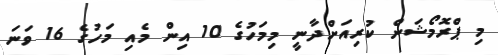
މި ޕްރޮމޯޝަން ކުރިއަށްދާނީ މިމަހުގެ 10 އިން މެއި މަހުގެ 16 ވަނަ